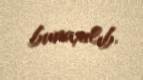
buraxılıb.